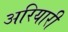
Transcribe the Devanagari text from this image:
अरियारी